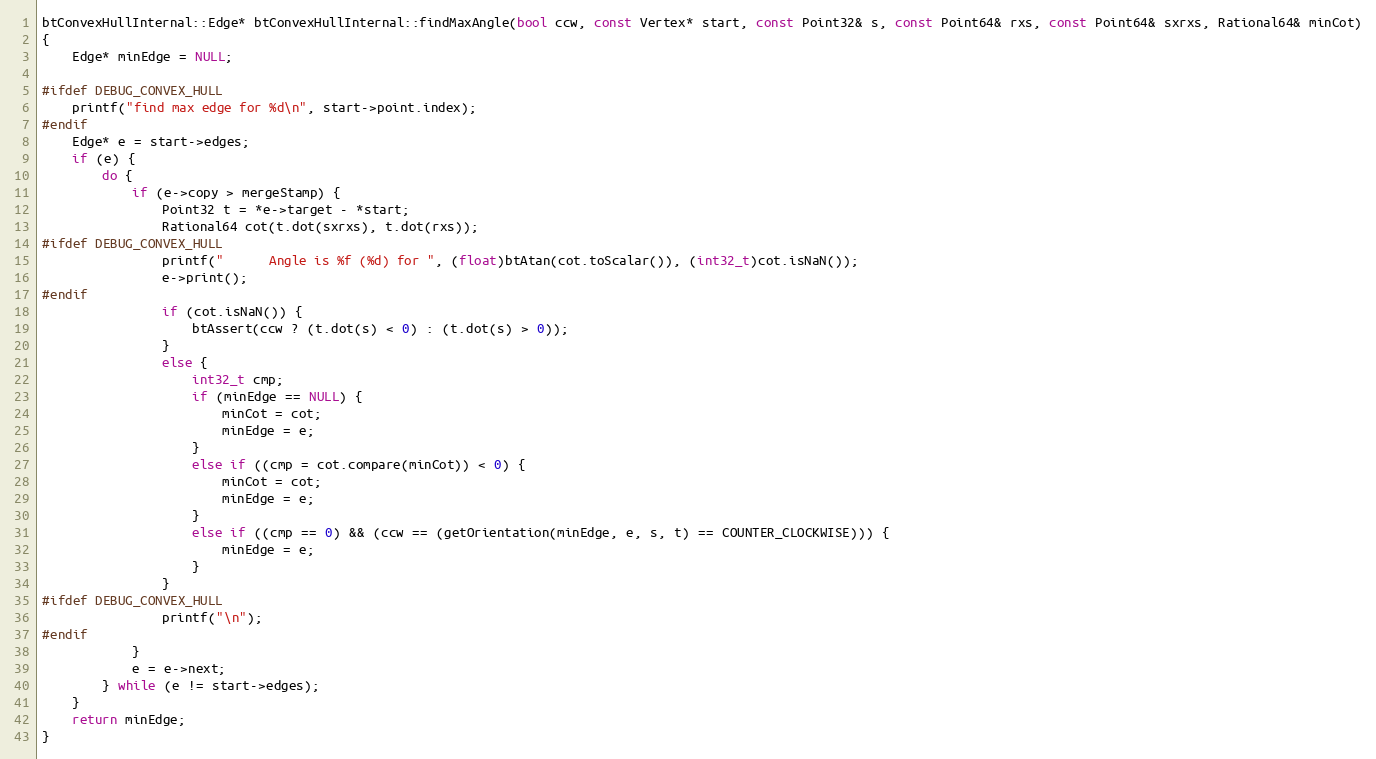
Language: C++
btConvexHullInternal::Edge* btConvexHullInternal::findMaxAngle(bool ccw, const Vertex* start, const Point32& s, const Point64& rxs, const Point64& sxrxs, Rational64& minCot)
{
    Edge* minEdge = NULL;

#ifdef DEBUG_CONVEX_HULL
    printf("find max edge for %d\n", start->point.index);
#endif
    Edge* e = start->edges;
    if (e) {
        do {
            if (e->copy > mergeStamp) {
                Point32 t = *e->target - *start;
                Rational64 cot(t.dot(sxrxs), t.dot(rxs));
#ifdef DEBUG_CONVEX_HULL
                printf("      Angle is %f (%d) for ", (float)btAtan(cot.toScalar()), (int32_t)cot.isNaN());
                e->print();
#endif
                if (cot.isNaN()) {
                    btAssert(ccw ? (t.dot(s) < 0) : (t.dot(s) > 0));
                }
                else {
                    int32_t cmp;
                    if (minEdge == NULL) {
                        minCot = cot;
                        minEdge = e;
                    }
                    else if ((cmp = cot.compare(minCot)) < 0) {
                        minCot = cot;
                        minEdge = e;
                    }
                    else if ((cmp == 0) && (ccw == (getOrientation(minEdge, e, s, t) == COUNTER_CLOCKWISE))) {
                        minEdge = e;
                    }
                }
#ifdef DEBUG_CONVEX_HULL
                printf("\n");
#endif
            }
            e = e->next;
        } while (e != start->edges);
    }
    return minEdge;
}